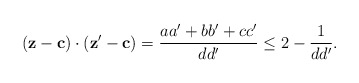
\begin{align*}(\mathbf z - \mathbf c)\cdot (\mathbf z' - \mathbf c)&= \frac{aa' + bb'+cc'}{dd'} \le 2 - \frac{1}{dd'}.\end{align*}